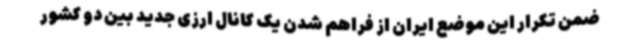
ضمن تکرار این موضع ایران از فراهم شدن یک کانال ارزی جدید بین دو کشور